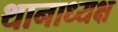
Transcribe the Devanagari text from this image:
थानाध्यक्ष